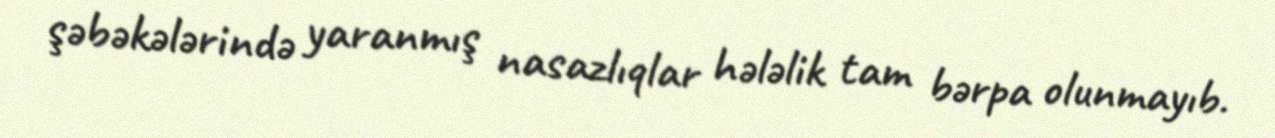
şəbəkələrində yaranmış nasazlıqlar hələlik tam bərpa olunmayıb.